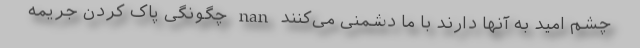
چشم امید به آنها دارند با ما دشمنی می‌کنند nan چگونگی پاک کردن جریمه